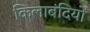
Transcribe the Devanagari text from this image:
किलाबंदियों